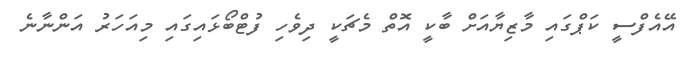
އޭއެފްސީ ކަޕްގައި މާޒިޔާއަށް ބާކީ އޮތް މެޗަކީ ދިވެހި ފުޓްބޯޅައިގައި މިއަހަރު އަންނާނެ